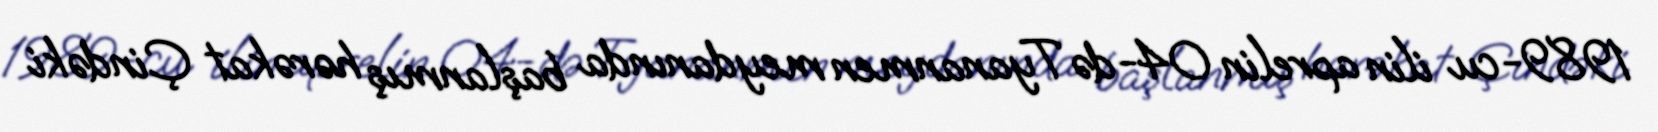
1989-cu ilin aprelin 04-də Tyananmen meydanında başlanmış hərəkat Çindəki